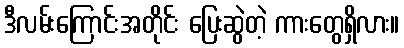
ဒီလမ်းကြောင်းအတိုင်း ပြေးဆွဲတဲ့ ကားတွေရှိလား။